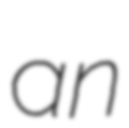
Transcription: an